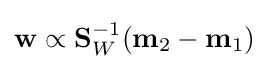
\mathbf {w} \propto \mathbf {S} _{W}^{-1}(\mathbf {m} _{2}-\mathbf {m} _{1})